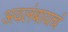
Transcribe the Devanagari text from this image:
अवलंबायचं